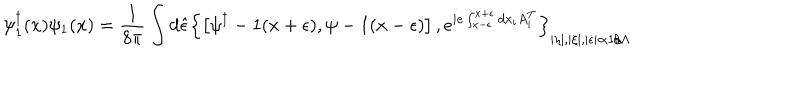
LaTeX: \psi _ { 1 } ^ { \dagger } ( x ) \psi _ { 1 } ( x ) = \frac { 1 } { 8 \pi } \int d \hat { \epsilon } \left\{ \left[ \psi ^ { \dagger } - 1 ( x + \epsilon ) , \psi - 1 ( x - \epsilon ) \right] , e ^ { i e \int _ { x - \epsilon } ^ { x + \epsilon } d x _ { i } A _ { i } ^ { T } } \right\} _ { | \eta | , | \xi | , | \epsilon | \propto 1 / \Lambda }